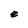
Character: e